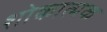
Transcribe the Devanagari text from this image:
शोकात्मक